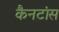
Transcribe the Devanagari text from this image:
कैनटांस